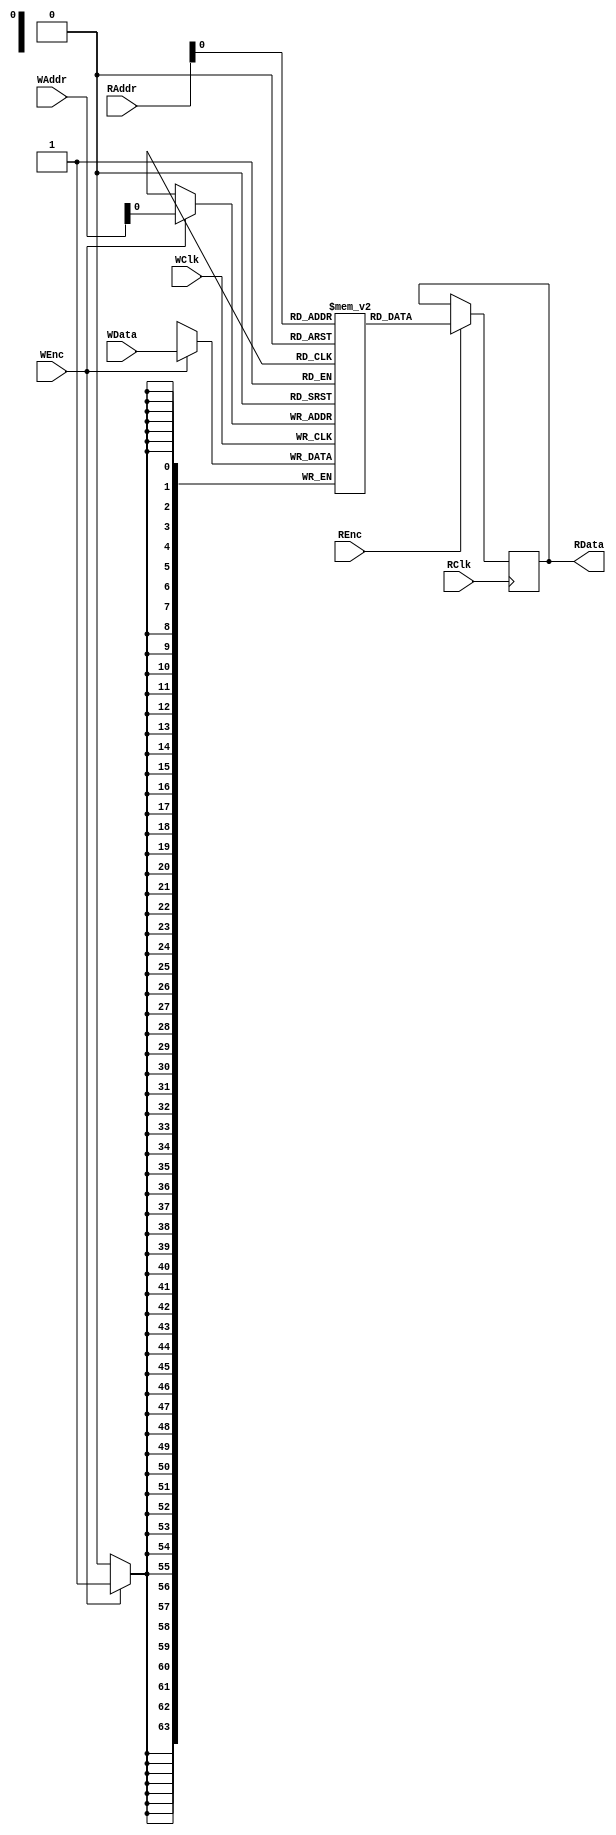
/*
 * @Author: Kai Zhou && zhouk9864@gmail.com
 * @Date: 2022-09-26 20:35:23
 * @LastEditors: Kai Zhou && zhouk9864@gmail.com
 * @LastEditTime: 2022-09-29 10:28:31
 * @FilePath: /Anfield_SOC/vsrc/Anfield/Balotelli/ShareCell/DualPortRam.v
 * @Description: Ram
 * 
 * Copyright (c) 2022 by Kai Zhou zhouk9864@gmail.com, All Rights Reserved. 
 */

module DualPortRam
#(
  parameter DataWidth = 64,
  parameter Deepth = 1,
  parameter Ground = 0
)
(
  input WClk,
  input [DataWidth - 1 : 0] WData,
  input [((Deepth == 1) ? Deepth : $clog2(Deepth) - 1) : 0] WAddr,
  input WEnc,
  input RClk,
  output reg [DataWidth - 1 : 0] RData,
  input [((Deepth == 1) ? Deepth : $clog2(Deepth) - 1) : 0] RAddr,
  input REnc
);

  reg [DataWidth - 1 : 0] RamMem [Deepth : Ground];

  // write
  always @(posedge WClk) begin
    if(WEnc) begin
      /* verilator lint_off WIDTH */
      RamMem[WAddr] <= WData;
	  end
  end

  // read
  always @(posedge RClk) begin
    if(REnc) begin
      /* verilator lint_off WIDTH */
	    RData <= RamMem[RAddr];
    end
  end
  // assign RData = RamMem[RAddr];

endmodule